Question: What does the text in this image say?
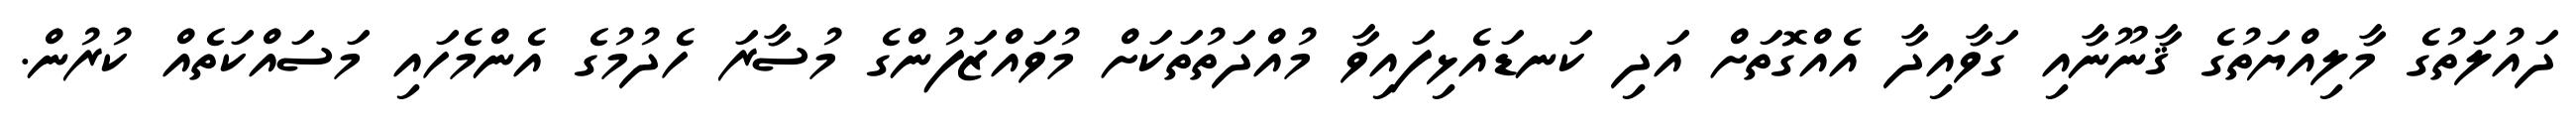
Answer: ދައުލަތުގެ މާލިއްޔަތުގެ ޤާނޫނާއި ގަވާއިދާ އެއްގޮތަށް އަދި ކަނޑައެޅިފައިވާ މުއްދަތުތަކަށް މުވައްޒަފުންގެ މުސާރަ ހެދުމުގެ އެންމެހައި މަސައްކަތެއް ކުރުން.